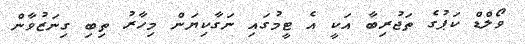
ވޯލްޑް ކަޕުގެ ތަޖުރިބާ އަކީ އެ ޓީމުގައި ނަގާކިޔަން މިހާރު ތިބި ގިނަޒުވާން